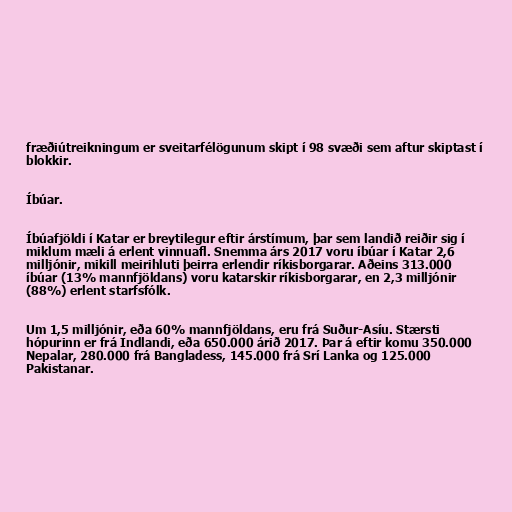
fræðiútreikningum er sveitarfélögunum skipt í 98 svæði sem aftur skiptast í
blokkir.

Íbúar.

Íbúafjöldi í Katar er breytilegur eftir árstímum, þar sem landið reiðir sig í
miklum mæli á erlent vinnuafl. Snemma árs 2017 voru íbúar í Katar 2,6
milljónir, mikill meirihluti þeirra erlendir ríkisborgarar. Aðeins 313.000
íbúar (13% mannfjöldans) voru katarskir ríkisborgarar, en 2,3 milljónir
(88%) erlent starfsfólk.

Um 1,5 milljónir, eða 60% mannfjöldans, eru frá Suður-Asíu. Stærsti
hópurinn er frá Indlandi, eða 650.000 árið 2017. Þar á eftir komu 350.000
Nepalar, 280.000 frá Bangladess, 145.000 frá Srí Lanka og 125.000
Pakistanar.